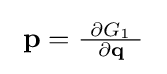
{\textstyle \ \mathbf {p} ={\frac {\ \partial G_{1}\ }{\partial \mathbf {q} }}\ }